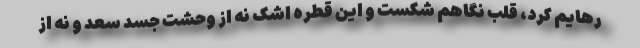
رهایم کرد، قلب نگاهم شکست و این قطره اشک نه از وحشت جسد سعد و نه از